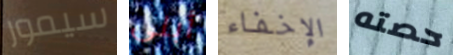
سيمور أبلى الإخفاء حصته